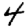
Digit: 4